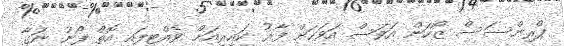
ޕްރިންސަސް ޒޯހަން އަވަސް އަވަހަށް ފާރު ކައިރިއަށް ވެއްޓިފައި އޮތް ފޯނު ނަގާ